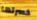
خسرتها